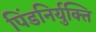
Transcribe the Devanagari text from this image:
पिंडनिर्युक्ति